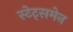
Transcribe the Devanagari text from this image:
स्टेट्समेन